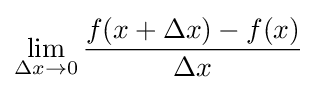
\lim _{\Delta x\to 0}{\frac {f(x+\Delta x)-f(x)}{\Delta x}}